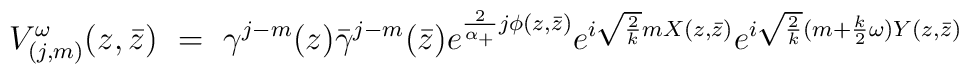
V^\omega_{(j,m)}(z,\bar z) ~ = ~ \gamma ^{j-m}(z)\bar \gamma ^{j-m}(\bar z)e^{\frac 2{\alpha_{+}}j\phi (z,\bar z)} e^{i\sqrt{2\over k}m X(z,\bar z)}e^{i\sqrt{2\over k}(m+ {k \over 2}\omega) Y(z,\bar z)}